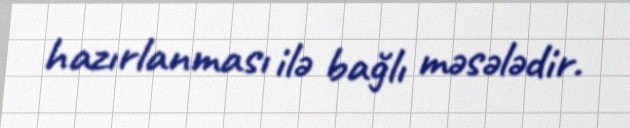
hazırlanması ilə bağlı məsələdir.